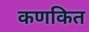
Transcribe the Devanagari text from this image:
कणकित